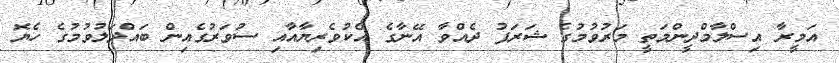
އަމީރާ އިސްލާމްދީންމަތީ މަރުވުމުގެ ޝަރަފު ދެއްވާ އޭނާގެ އެކުވެރިޔާއާއި ސުވަރުގެއިން ބައްދަލުވުމުގެ ހެޔޮ